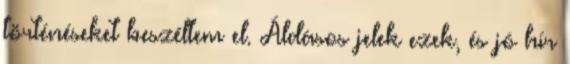
történéseket beszéltem el. Áldásos jelek ezek, és jó hír